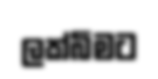
ලක්බිමට